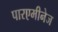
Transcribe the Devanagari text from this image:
पारएमीनेज